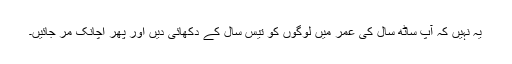
یہ نہیں کہ آپ ساٹھ سال کی عمر میں لوگوں کو تیس سال کے دکھائی دیں اور پھر اچانک مر جائیں۔